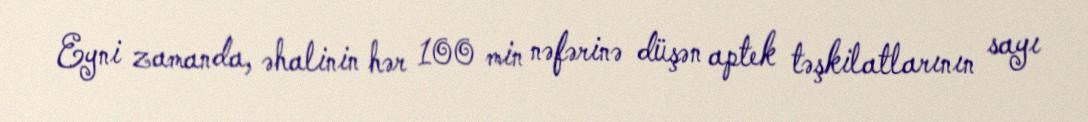
Eyni zamanda, əhalinin hər 100 min nəfərinə düşən aptek təşkilatlarının sayı